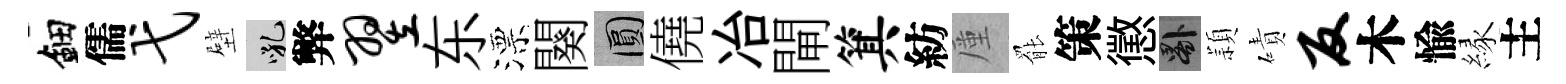
鈿儒弋壁吼弊翌东漂闋圓僥冶閘箕紡厪罷策懲晷頴磧反木愉縁主